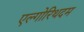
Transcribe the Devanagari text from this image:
एल्गोरिथदम